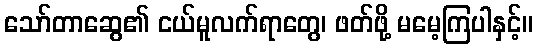
သော်တာဆွေ၏ ငယ်မူလက်ရာတွေ၊ ဖတ်ဖို့ မမေ့ကြပါနှင့်။